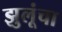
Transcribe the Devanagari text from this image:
झुलूंचा